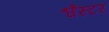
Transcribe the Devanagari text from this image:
श्वैस्टर